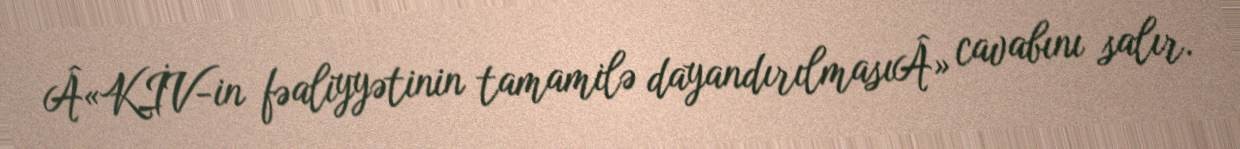
Â«KİV-in fəaliyyətinin tamamilə dayandırılmasıÂ» cavabını salır.